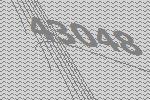
43048